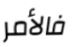
فالأمر